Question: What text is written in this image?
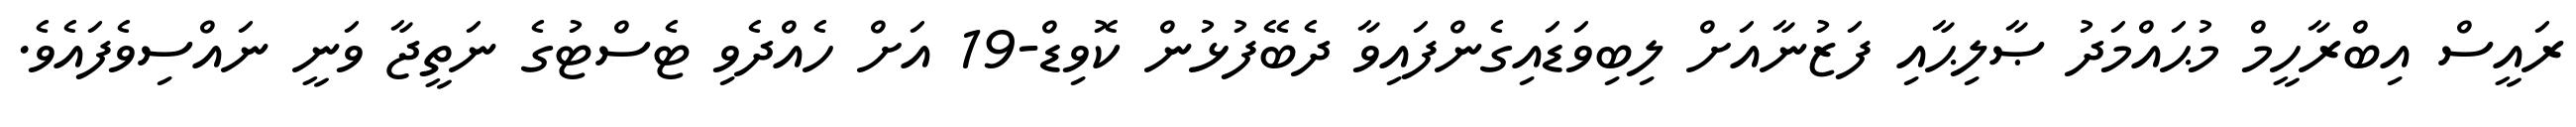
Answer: ރައީސް އިބްރާހީމް މުޙައްމަދު ޞާލިޙާއި ފަޒުނާއަށް ލިބިވަޑައިގެންފައިވާ ދެބޭފުޅުން ކޮވިޑް-19 އަށް ހެއްދެވި ޓެސްޓުގެ ނަތީޖާ ވަނީ ނައްސިވެފައެވެ.